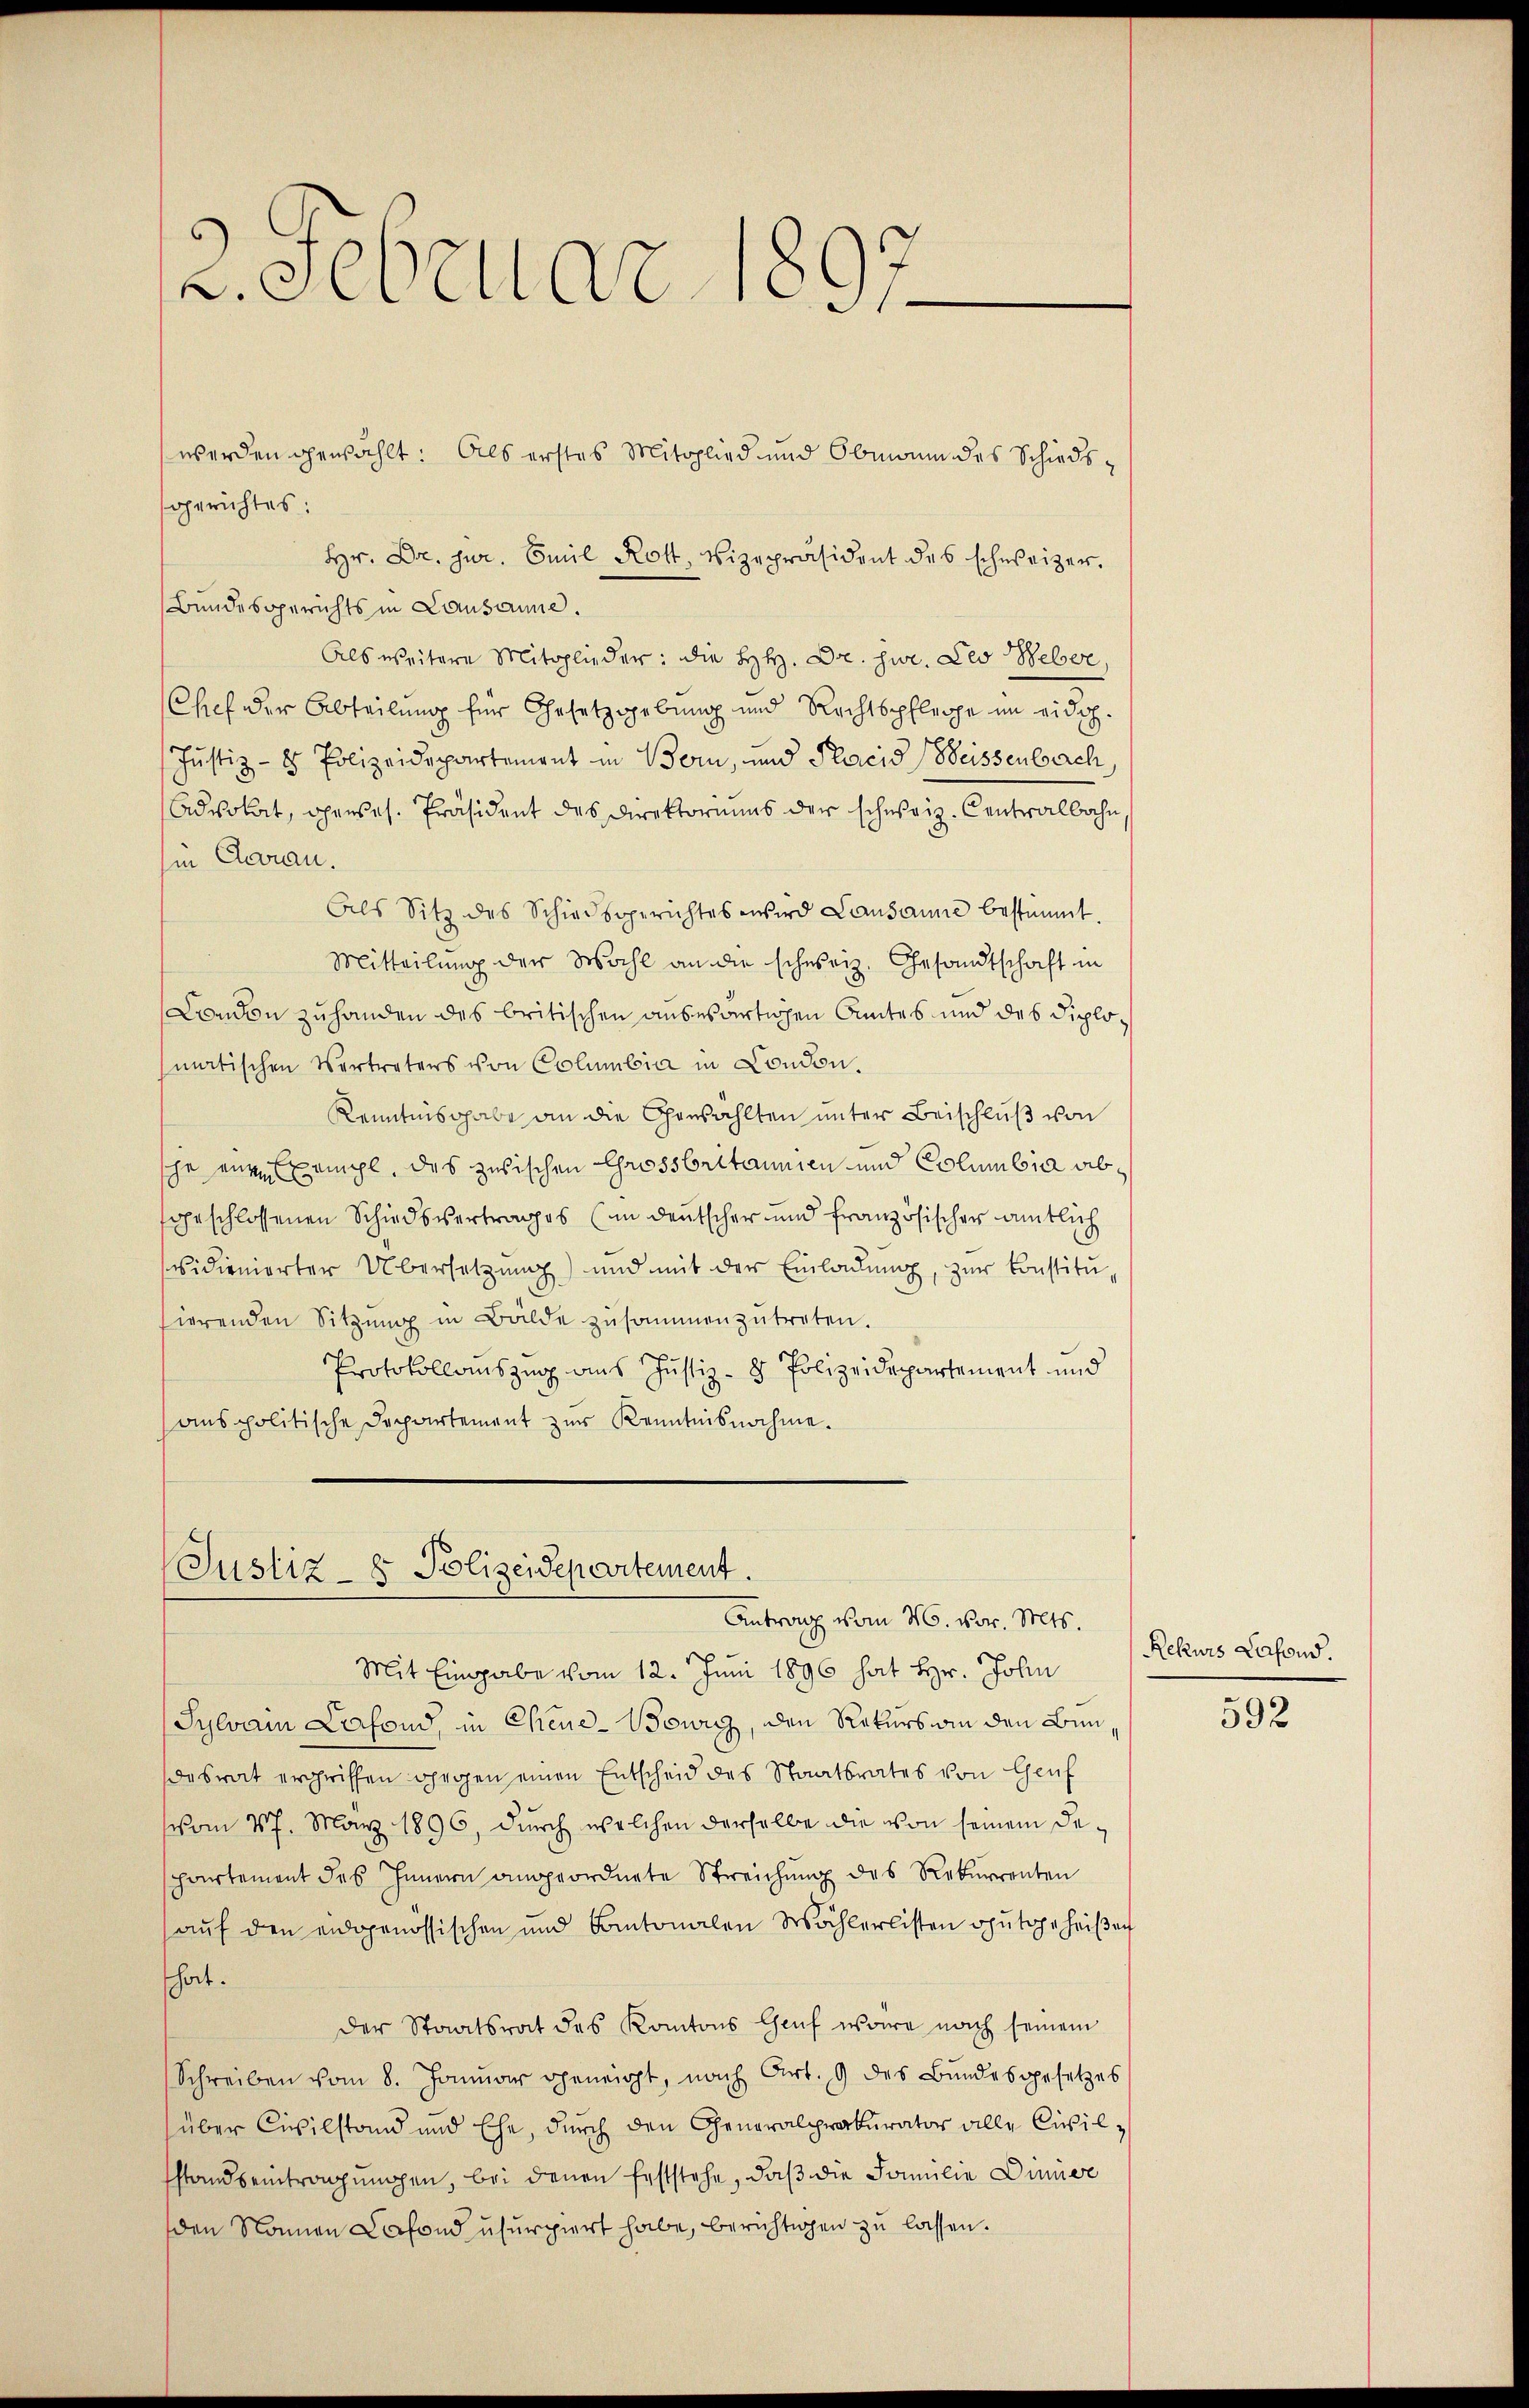
v. Februar 1

werden gewählt: Als erstes Mitglied und Obmann des Schiedsgerichtes:
Hr. Dr. jur. Emil Rott, Vizepräsident des schweizer.
Bundesgerichts in Lausanne.
Als weitere Mitglieder: die HH. Dr. jur. Leo Weber
Chef der Abteilung für Gesetzgebung und Rechtspfleiche im eidg.
Justiz- & Polizeidepartement in Bern, und Placid Weissenbach
Advokat, Openes. Präsident des Direktoriums der schweiz. Centralbahn
sie daran.
Als Sitz des Schiedsgerichtes wird Lausanne bestimmt.
Mitteilung der Wahl an die schweiz. Gesandtschaft in
London zuhanden des britischen auswärtigen Amtes und des Diplomatischen Vertreters von Columbia in Condon.
Kenntnisgabe an die Gewählten unter Beischluß von
je eine Ermahl, das zwischen Grossbritainien und Columbia abgeschlossenen Schiedsvertrages (in deutscher und französischer amtlich
vidienierter Übersetzung) und mit der Einladung, zur Konstitu
sierenden Sitzŭng in Bälde zusammenzŭtreten.
Protokollauszug aus Justiz- & Polizeidepartement und
anspolitische Departement zur Kenntnisnahme.

(Justiz- & Polizeidepartement.
Antrag vom M. vor. Mts.

Mit Eingabe vom 12. Juni 1896 hat Hr. John
Sylvan Laafond, in Chene-Bowicz, den Rekurs an den Bundesrat ergriffen gegen einen Entscheid des Staatsrates von Genf
vom 17. März 1896, durch welchen derselbe die von seinem Departement des Innern angeordnete Streichung des Rekurrenten
auf den eidgenössischen und Cantonalen Wählerlisten Oputgeheißen
hat.
der Staatsrat des Kantons Genf wäre nach seinem
Schreiben vom 8. Januar geneigt, nach Art. 9 des Bundesgesetzes
über Civilstand und Ehe, durch den Generalprokurator alle Civilstands eintragungen, bei denen feststehe, daß die Familie Diner
den Namen Cafond usurpiert habe, berichtigen zu lassen.

Rekurs Lafond.

592